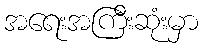
အရေးအကြီးဆုံးမှာ